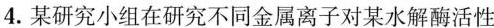
4.某研究小组在研究不同金属离子对某水解酶活性